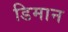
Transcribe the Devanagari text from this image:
डिमान